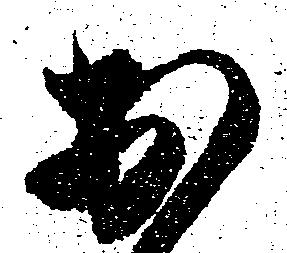
於